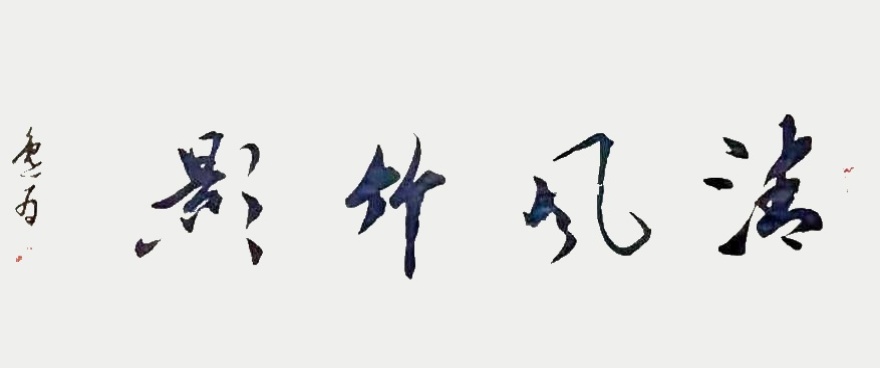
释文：清风竹影王逸为